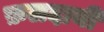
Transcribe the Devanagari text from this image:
फ़लदायी